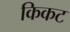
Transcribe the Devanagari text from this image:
किकट